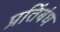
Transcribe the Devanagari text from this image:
प्रतिंबंध